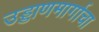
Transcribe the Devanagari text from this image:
उड्डाणमार्गाचा